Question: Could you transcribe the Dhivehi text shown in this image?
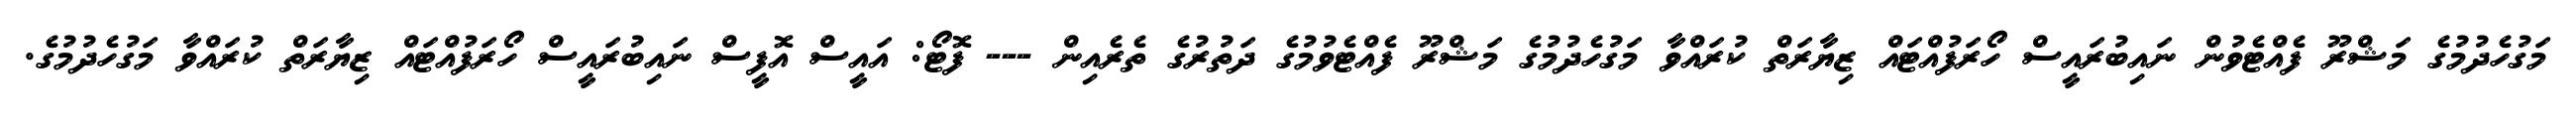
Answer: މަގުހެދުމުގެ މަޝްރޫ ފެއްޓެވުން ނައިބުރައީސް ހޯރަފުއްޓައް ޒިޔާރަތް ކުރައްވާ މަގުހެދުމުގެ މަޝްރޫ ފެއްޓެވުމުގެ ދަތުރުގެ ތެރެއިން --- ފޮޓޯ: އައީސް އޮފީސް ނައިބުރައީސް ހޯރަފުއްޓައް ޒިޔާރަތް ކުރައްވާ މަގުހެދުމުގެ.